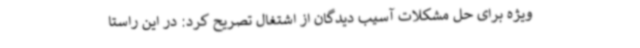
ویژه برای حل مشکلات آسیب دیدگان از اشتغال تصریح کرد: در این راستا